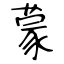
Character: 蒙